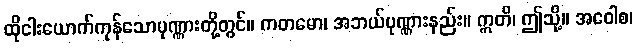
ထိုငါးယောက်ကုန်သောပုဏ္ဏားတို့တွင်။ ကတမော၊ အဘယ်ပုဏ္ဏားနည်း။ ဣတိ၊ ဤသို့။ အဝေါစ၊